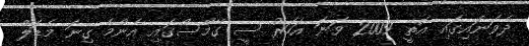
ދެވަނައިގައި އޮތީ 2009 ވަނަ އަހަރު ސީ ގޭމްސްގައި އެންމެ ގިނަ މެޑަލް